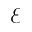
\mathcal { E }